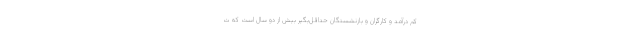
کم درآمد و کارگران و بازنشستگان حداقل‌بگیر بیش از دو سال است که ت